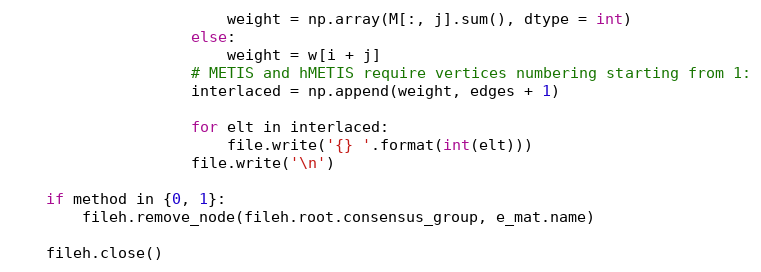
Language: Python
                        weight = np.array(M[:, j].sum(), dtype = int)
                    else:
                        weight = w[i + j]
                    # METIS and hMETIS require vertices numbering starting from 1:
                    interlaced = np.append(weight, edges + 1)

                    for elt in interlaced:
                        file.write('{} '.format(int(elt)))
                    file.write('\n')

    if method in {0, 1}:
        fileh.remove_node(fileh.root.consensus_group, e_mat.name)

    fileh.close()